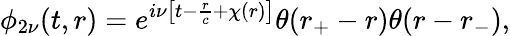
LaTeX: \phi_{2\nu}(t,r)=e^{i\nu\left[t-\frac{r}{c}+\chi(r)\right]}\theta(r_{+}-r)\theta(r-r_{-}),